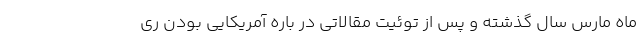
ماه مارس سال گذشته و پس از توئیت مقالاتی در باره آمریکایی بودن ری